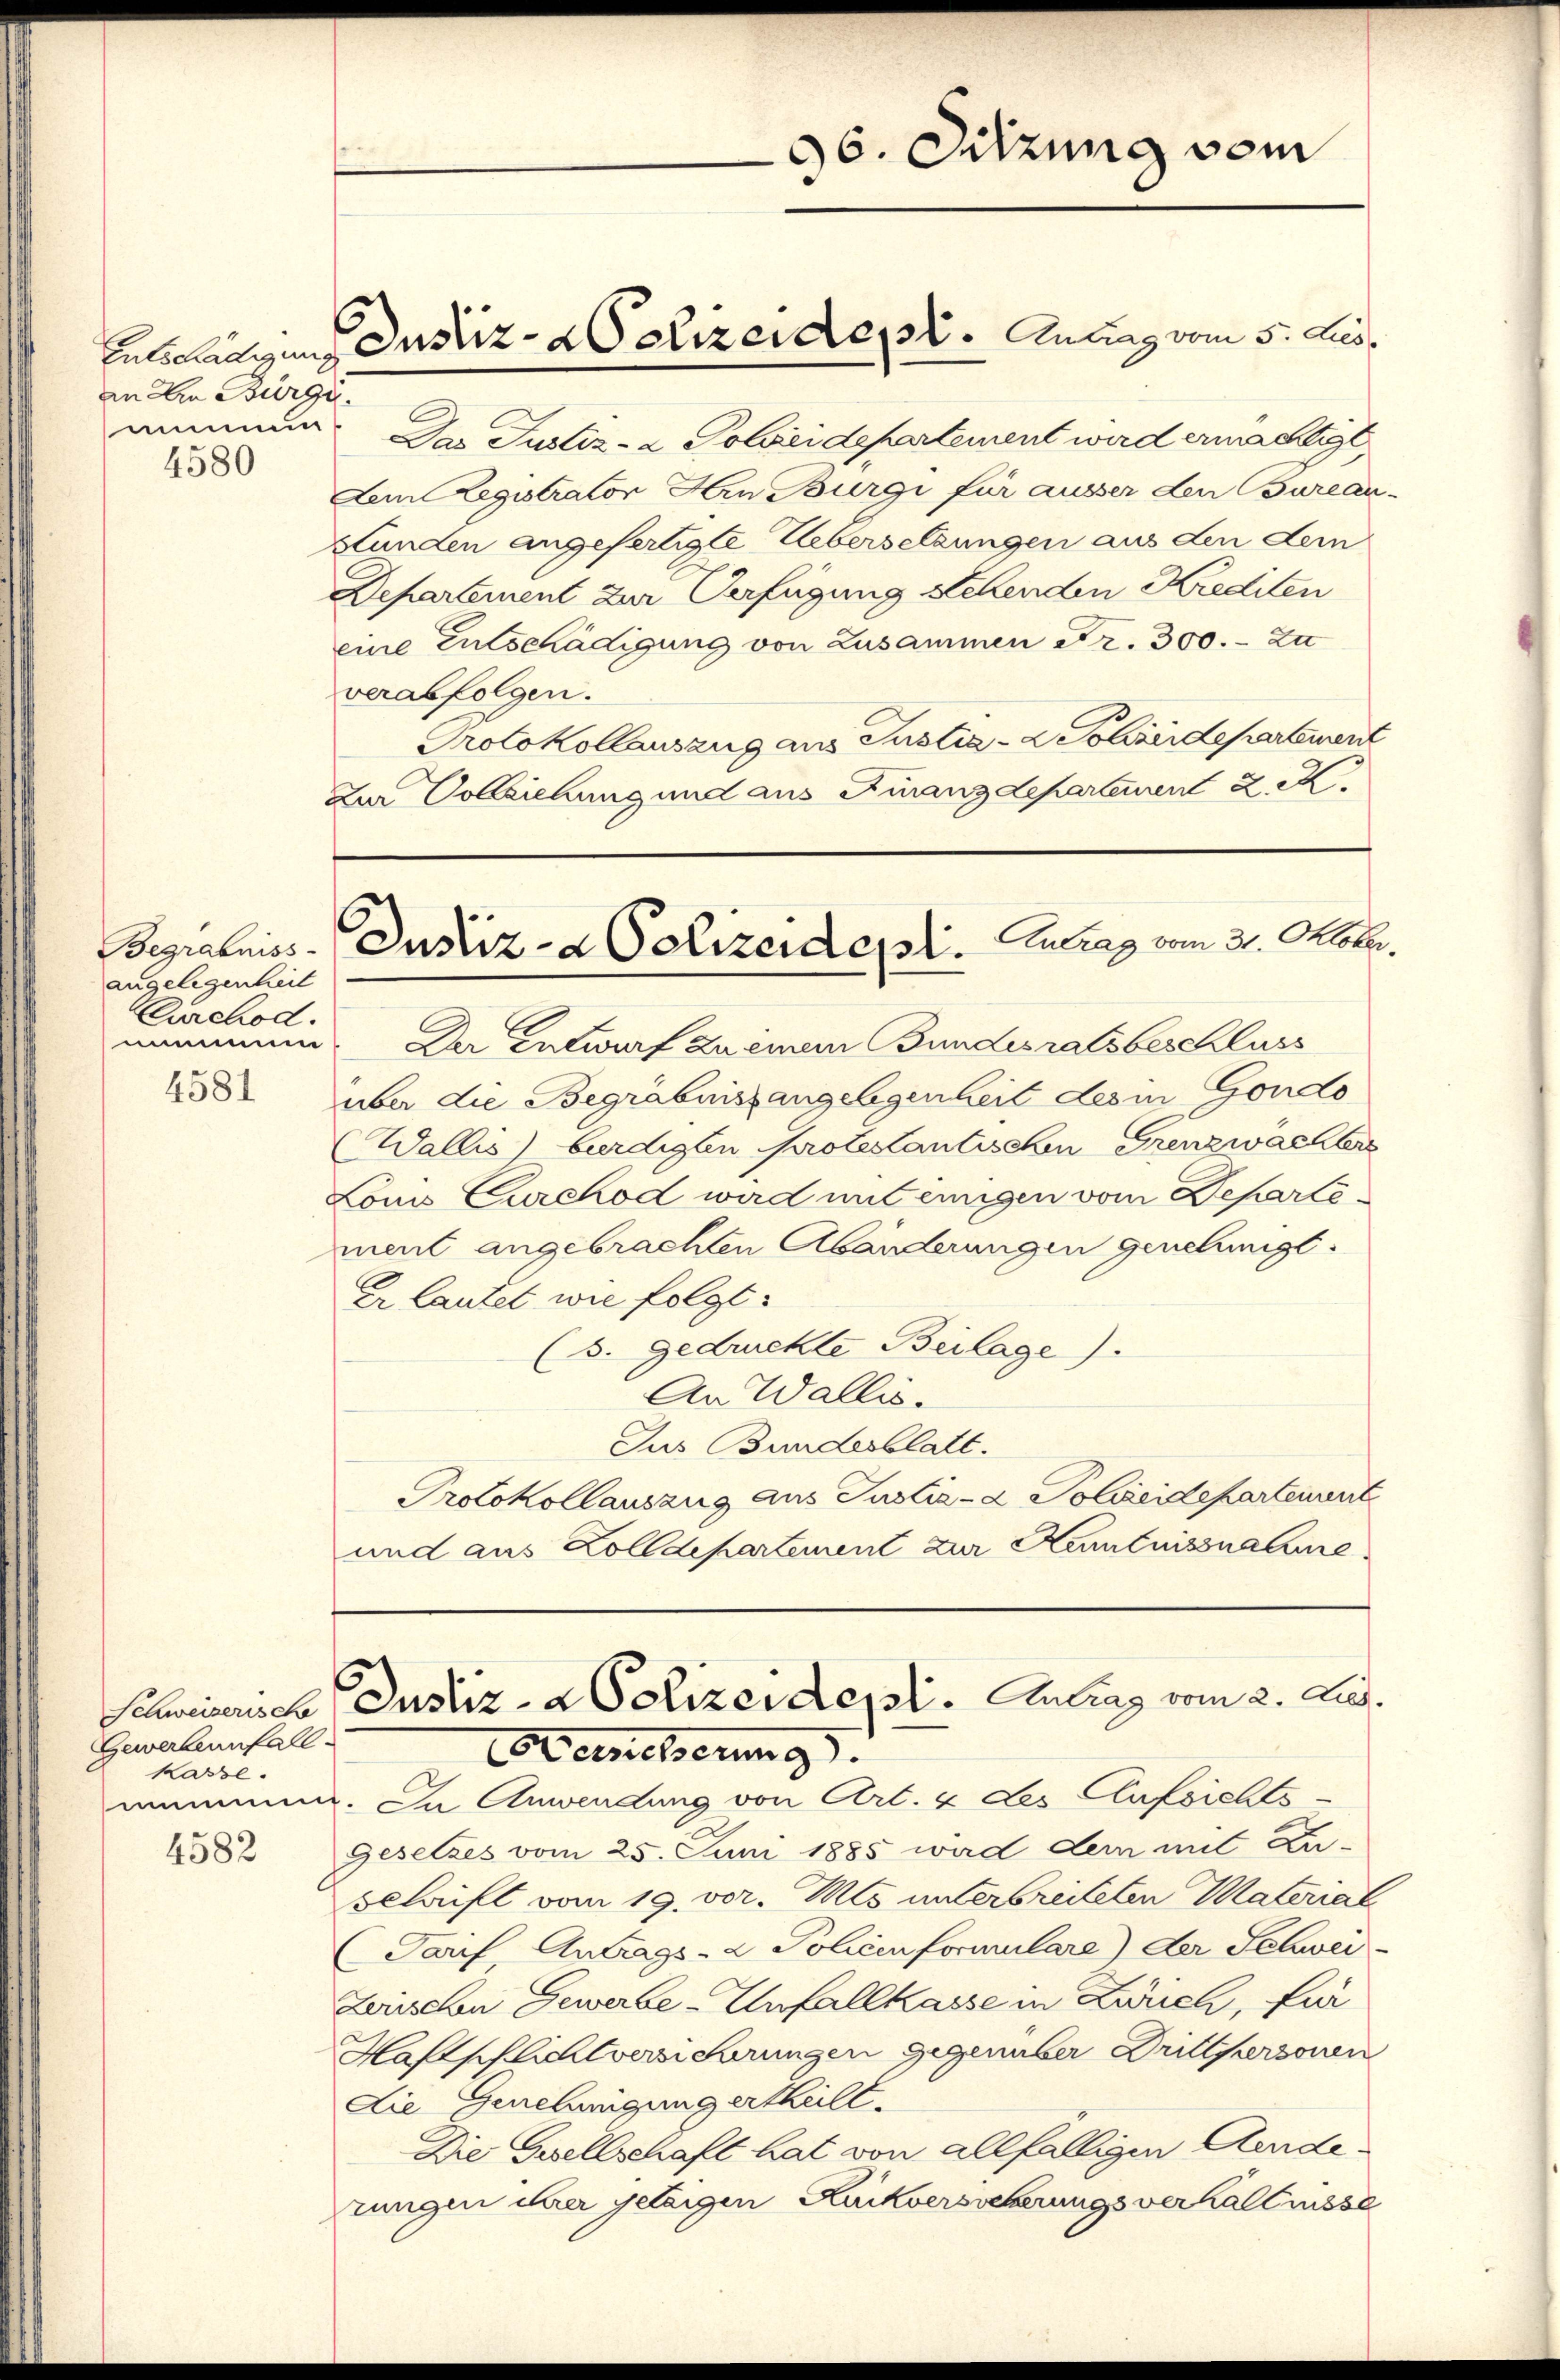
an Die Bürgi
simmen
4580

angelegenheit
Curchod.
mimen

4581

Schweizerische
Gewerbennfall-
Kasse.

4582

Zur Vollziehung und aus Furanzdepartement 2. XX

Entstätigung Justiz- & Polizeident. Antrag vom 5. Aus¬

Begrabniss-Justiz- & Polizeidet. Zutrag vom 31. Oktobr.

Das Justiz- & Polizeidepartement wird ermächtigt,
Lem Legistrator Hrn Bürgi für ausser den Bureau-
Stunden angefertigte Uebersetzungen aus den dem
Departement zur Verfügung stehenden Krediten
eine Entschädigung von Zusammen Fr. 300. - zu
verabfolgen.
Protokollauszug aus Justiz- & Polizeidepartement
Der Entwurf zu einem Bundesratsbeschluss
über die Begräbnissangelegenheit des in Gondo
Wallis burdigten protestantischen Grenzwachters
Louis Curckod wird mit einigen vom Departement angebrachten Abänderungen genehmigt.
Er lautet wie folgt.
(s. gedruckte Beilage).
An Wallis.
Jus Bundesblatt.
Protokollauszug aus Justiz- & Polizeidepartement
und aus Zolldepartement zur Kenntnissnahme
Justiz- & Polizeidept. Antrag vom 2. Aug.
Aermesserung
mmmen. Da Anwendung von Art. 4 des Aufsichts-
Gesetzes vom 25. Juni 1885 wird der mit Zu-
sclaift vom 19. vor. Mts. unterbreiteten Material
Tarif Antrags- & Policenformulare) der Schwei-
Zerischen Gewerbe-Unfallkasse in Zwuch, für
Haftschlichtversicherungen gegenüber Drittpersonen
die Genehmigung ertheilt.
Die Gesellschaft hat von allfälligen Aenderungen ihrer geteigen Kuckversicherungsverhältnisse

96. Sitzung vom